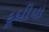
દૂધીયા